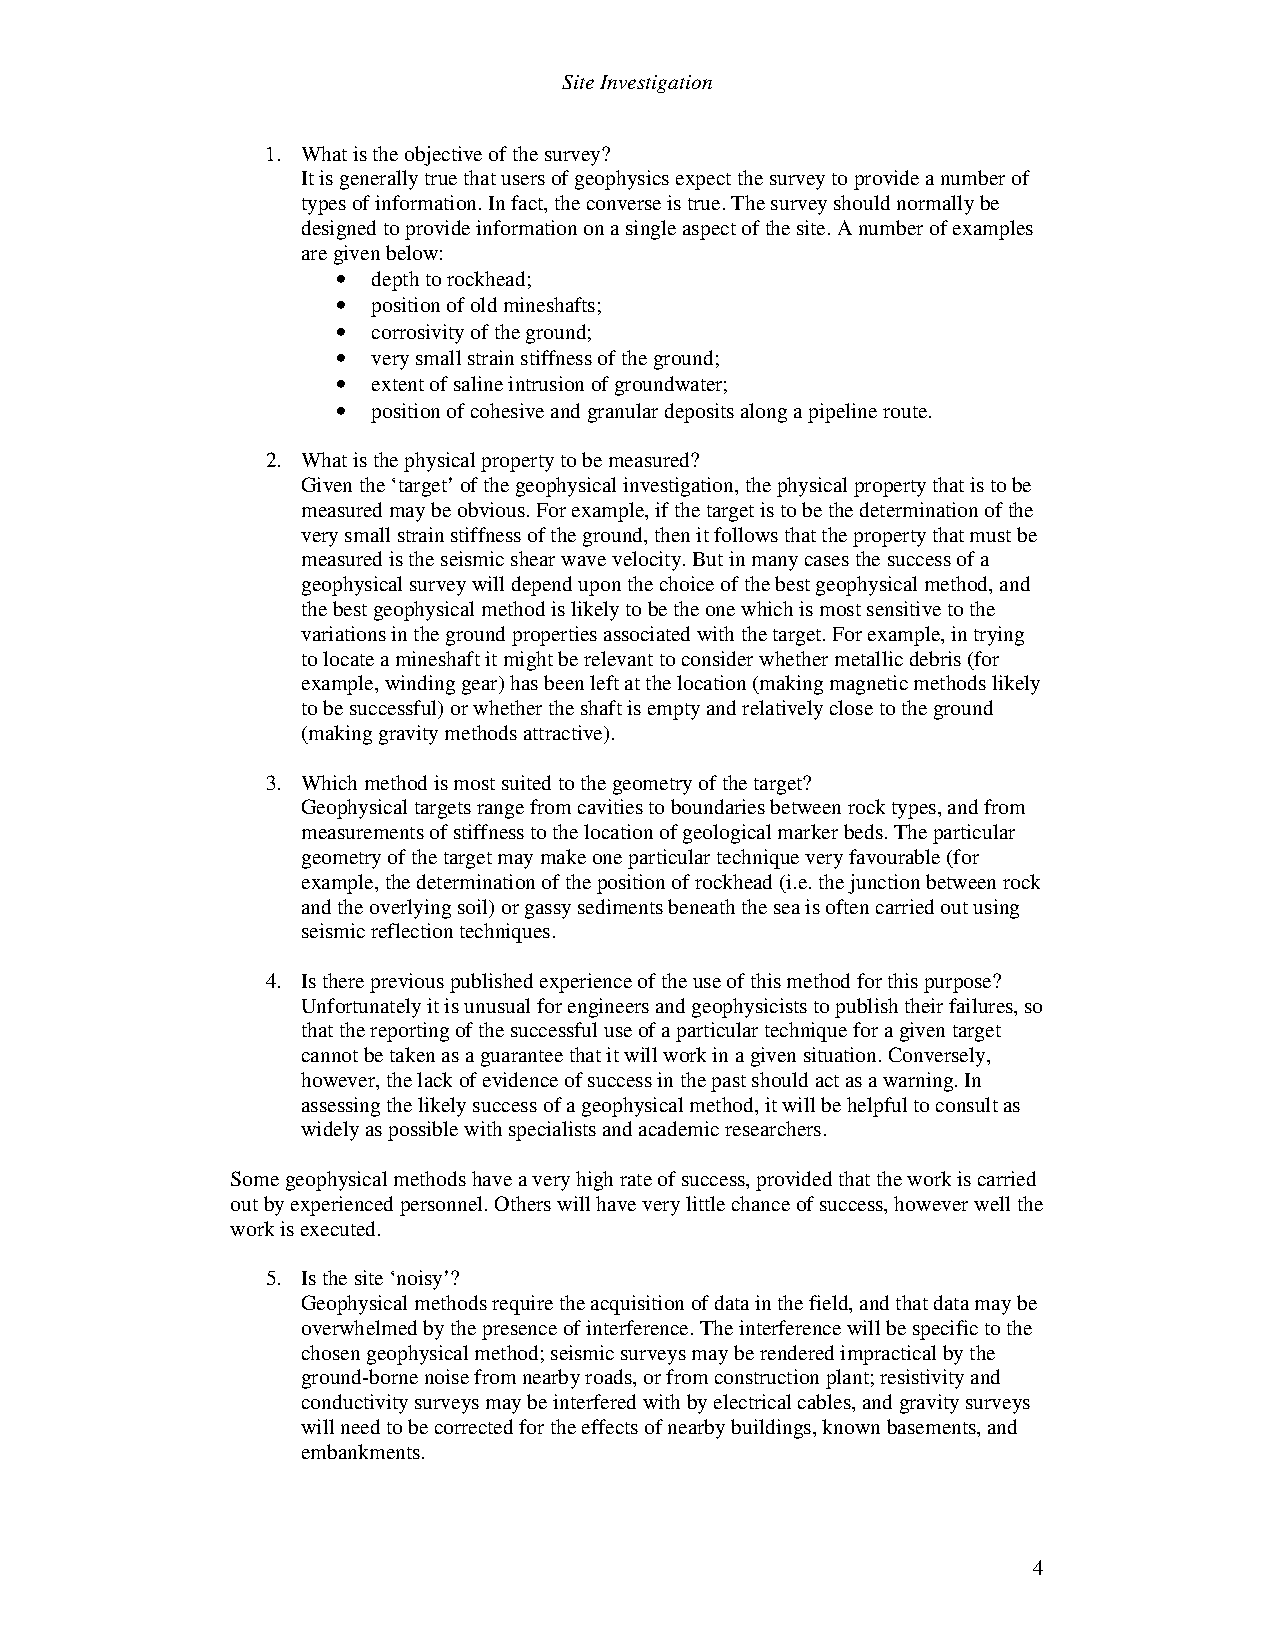
Site Investigation
 1. What is the objective of the survey?
 It is generally true that users of geophysics expect the survey to provide a number of
 types of information. In fact, the converse is true. The survey should normally be
 designed to provide information on a single aspect of the site. A number of examples
 are given below:
 •  depth to rockhead;
 •  position of old mineshafts;
 •  corrosivity of the ground;
 •  very small strain stiffness of the ground;
 •  extent of saline intrusion of groundwater;
 •  position of cohesive and granular deposits along a pipeline route.
 2. What is the physical property to be measured?
 Given the ‘target’ of the geophysical investigation, the physical property that is to be
 measured may be obvious. For example, if the target is to be the determination of the
 very small strain stiffness of the ground, then it follows that the property that must be
 measured is the seismic shear wave velocity. But in many cases the success of a
 geophysical survey will depend upon the choice of the best geophysical method, and
 the best geophysical method is likely to be the one which is most sensitive to the
 variations in the ground properties associated with the target. For example, in trying
 to locate a mineshaft it might be relevant to consider whether metallic debris (for
 example, winding gear) has been left at the location (making magnetic methods likely
 to be successful) or whether the shaft is empty and relatively close to the ground
 (making gravity methods attractive).
 3. Which method is most suited to the geometry of the target?
 Geophysical targets range from cavities to boundaries between rock types, and from
 measurements of stiffness to the location of geological marker beds. The particular
 geometry of the target may make one particular technique very favourable (for
 example, the determination of the position of rockhead (i.e. the junction between rock
 and the overlying soil) or gassy sediments beneath the sea is often carried out using
 seismic reflection techniques.
 4. Is there previous published experience of the use of this method for this purpose?
 Unfortunately it is unusual for engineers and geophysicists to publish their failures, so
 that the reporting of the successful use of a particular technique for a given target
 cannot be taken as a guarantee that it will work in a given situation. Conversely,
 however, the lack of evidence of success in the past should act as a warning. In
 assessing the likely success of a geophysical method, it will be helpful to consult as
 widely as possible with specialists and academic researchers.
 Some geophysical methods have a very high rate of success, provided that the work is carried
 out by experienced personnel. Others will have very little chance of success, however well the
 work is executed.
 5. Is the site ‘noisy’?
 Geophysical methods require the acquisition of data in the field, and that data may be
 overwhelmed by the presence of interference. The interference will be specific to the
 chosen geophysical method; seismic surveys may be rendered impractical by the
 ground-borne noise from nearby roads, or from construction plant; resistivity and
 conductivity surveys may be interfered with by electrical cables, and gravity surveys
 will need to be corrected for the effects of nearby buildings, known basements, and
 embankments.
 4